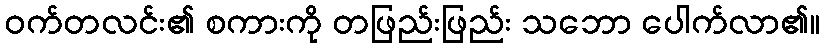
ဝက်တလင်း၏ စကားကို တဖြည်းဖြည်း သဘော ပေါက်လာ၏။